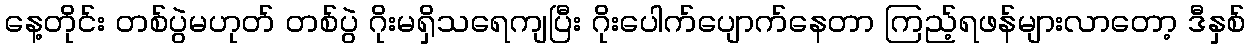
နေ့တိုင်း တစ်ပွဲမဟုတ် တစ်ပွဲ ဂိုးမရှိသရေကျပြီး ဂိုးပေါက်ပျောက်နေတာ ကြည့်ရဖန်များလာတော့ ဒီနှစ်